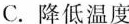
C. 降低温度